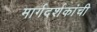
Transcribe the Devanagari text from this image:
मार्गदर्शकांची